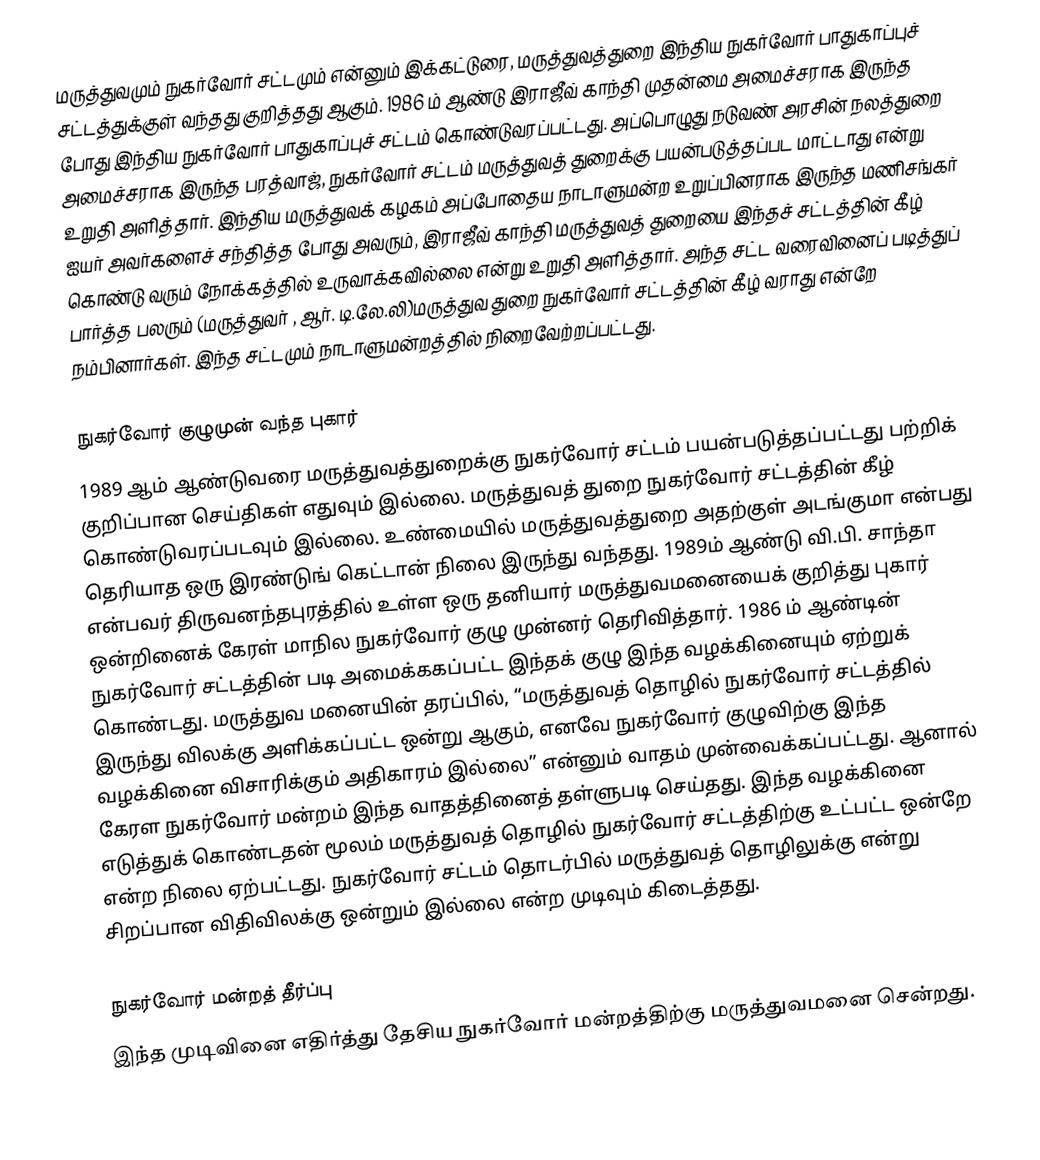
மருத்துவமும் நுகர்வோர் சட்டமும் என்னும் இக்கட்டுரை, மருத்துவத்துறை இந்திய நுகர்வோர் பாதுகாப்புச் சட்டத்துக்குள் வந்தது குறித்தது ஆகும். 1986 ம் ஆண்டு இராஜீவ் காந்தி முதன்மை அமைச்சராக இருந்த போது இந்திய நுகர்வோர் பாதுகாப்புச் சட்டம் கொண்டுவரப்பட்டது.  அப்பொழுது நடுவண் அரசின் நலத்துறை அமைச்சராக இருந்த பரத்வாஜ், நுகர்வோர் சட்டம் மருத்துவத் துறைக்கு பயன்படுத்தப்பட மாட்டாது என்று உறுதி அளித்தார். இந்திய மருத்துவக் கழகம் அப்போதைய நாடாளுமன்ற உறுப்பினராக இருந்த மணிசங்கர் ஐயர் அவர்களைச் சந்தித்த போது அவரும், இராஜீவ் காந்தி மருத்துவத் துறையை இந்தச் சட்டத்தின் கீழ் கொண்டு வரும் நோக்கத்தில் உருவாக்கவில்லை என்று உறுதி அளித்தார். அந்த சட்ட வரைவினைப் படித்துப் பார்த்த பலரும் (மருத்துவர் , ஆர். டி.லே.லி)மருத்துவ துறை நுகர்வோர் சட்டத்தின் கீழ் வராது என்றே நம்பினார்கள். இந்த சட்டமும் நாடாளுமன்றத்தில் நிறைவேற்றப்பட்டது.

நுகர்வோர் குழுமுன் வந்த புகார்
1989 ஆம் ஆண்டுவரை மருத்துவத்துறைக்கு நுகர்வோர் சட்டம் பயன்படுத்தப்பட்டது பற்றிக் குறிப்பான செய்திகள் எதுவும் இல்லை. மருத்துவத் துறை நுகர்வோர் சட்டத்தின் கீழ் கொண்டுவரப்படவும் இல்லை. உண்மையில் மருத்துவத்துறை அதற்குள் அடங்குமா என்பது தெரியாத ஒரு இரண்டுங் கெட்டான் நிலை இருந்து வந்தது. 1989ம் ஆண்டு வி.பி. சாந்தா என்பவர் திருவனந்தபுரத்தில் உள்ள ஒரு தனியார் மருத்துவமனையைக் குறித்து புகார் ஒன்றினைக் கேரள் மாநில நுகர்வோர் குழு முன்னர் தெரிவித்தார். 1986 ம் ஆண்டின் நுகர்வோர் சட்டத்தின் படி அமைக்ககப்பட்ட இந்தக் குழு இந்த வழக்கினையும் ஏற்றுக் கொண்டது.  மருத்துவ மனையின் தரப்பில், “மருத்துவத்  தொழில் நுகர்வோர் சட்டத்தில் இருந்து விலக்கு அளிக்கப்பட்ட ஒன்று ஆகும், எனவே நுகர்வோர் குழுவிற்கு இந்த வழக்கினை விசாரிக்கும் அதிகாரம் இல்லை” என்னும் வாதம் முன்வைக்கப்பட்டது. ஆனால் கேரள நுகர்வோர் மன்றம் இந்த வாதத்தினைத் தள்ளுபடி செய்தது.  இந்த வழக்கினை எடுத்துக் கொண்டதன் மூலம் மருத்துவத் தொழில் நுகர்வோர் சட்டத்திற்கு உட்பட்ட ஒன்றே என்ற நிலை ஏற்பட்டது. நுகர்வோர் சட்டம் தொடர்பில் மருத்துவத் தொழிலுக்கு என்று சிறப்பான விதிவிலக்கு ஒன்றும் இல்லை என்ற முடிவும் கிடைத்தது.

நுகர்வோர் மன்றத் தீர்ப்பு
இந்த முடிவினை எதிர்த்து தேசிய நுகர்வோர் மன்றத்திற்கு மருத்துவமனை சென்றது.